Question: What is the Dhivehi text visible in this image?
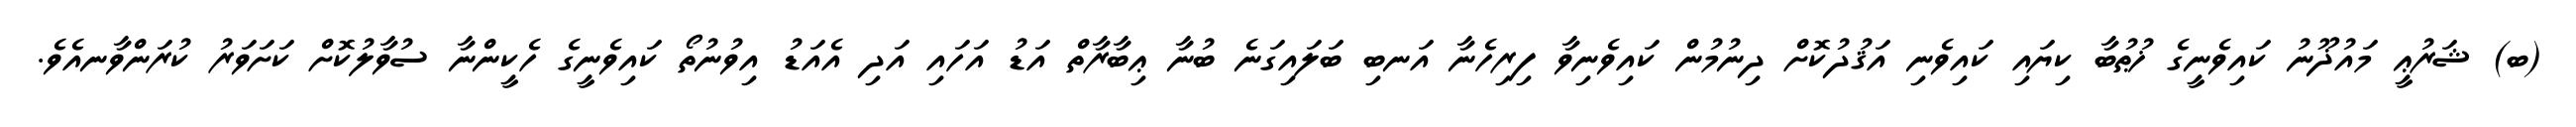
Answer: (ބ) ޝަރުޢީ މައުޛޫނު ކައިވެނީގެ ޚުޠުބާ ކިޔައި ކައިވެނި އަޤުދުކޮށް ދިނުމުން ކައިވެނިވާ ފިރިހެނާ އަނބި ބަލައިގަނެ ބުނާ ޢިބާރާތް އަޑު އަހައި އަދި އެއަޑު އިވުނުތޯ ކައިވެނީގެ ހެކީންނާ ސުވާލުކޮށް ކަށަވަރު ކުރަންވާނއެވެ.